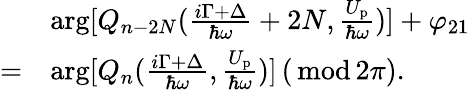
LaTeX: \begin{array}{rl}&{\arg[Q_{n-2N}(\frac{i\Gamma+\Delta}{\hbar\omega}+2N,\frac{U_{\mathrm{p}}}{\hbar\omega})]+\varphi_{21}}\\ {=}&{\arg[Q_{n}(\frac{i\Gamma+\Delta}{\hbar\omega},\frac{U_{\mathrm{p}}}{\hbar\omega})]\, ({\, \mathrm{mod\, }}2\pi).}\end{array}